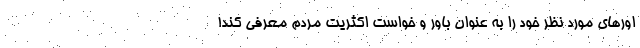
اورهای مورد نظر خود را به عنوان باور و خواست اکثریت مردم معرفی کند!